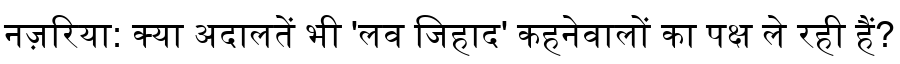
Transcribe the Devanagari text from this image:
नज़रिया: क्या अदालतें भी 'लव जिहाद' कहनेवालों का पक्ष ले रही हैं?